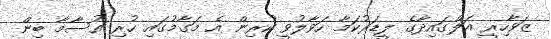
ޒަވާހިރީ އަލްގައިދާގެ ލީޑަރުކަމާ ހަވާލުވީ ކުރިން އެ މަގާމުގައި ހުރި އުސާމާ ބިން